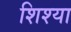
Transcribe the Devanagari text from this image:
शिश्या